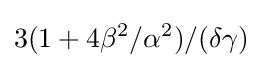
3(1+4\beta ^{2}/\alpha ^{2})/(\delta \gamma )